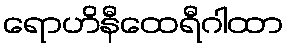
ရောဟိနီထေရီဂါထာ